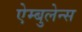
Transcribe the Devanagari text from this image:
ऐम्बुलेन्स